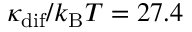
\kappa _ { \mathrm { d i f } } / k _ { \mathrm { B } } T = 2 7 . 4